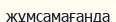
жұмсамағанда